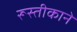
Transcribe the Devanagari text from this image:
रूस्तीकाने